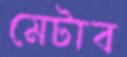
মেটাব